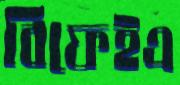
বিফেইএ